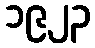
၁၉၂၃